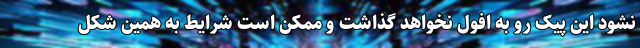
نشود این پیک رو به افول نخواهد گذاشت و ممکن است شرایط به همین شکل